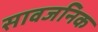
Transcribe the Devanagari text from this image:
सावजनिक